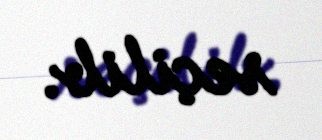
seçilib.